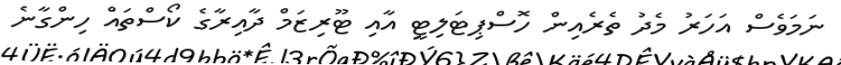
ނަމަވެސް އަހަރު މެދު ތެރެއިން ހޮސްޕިޓަލިޓީ އާއި ޓޫރިޒަމް ދާއިރާގެ ކޯސްތައް ހިންގާނެ